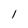
Character: 1